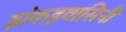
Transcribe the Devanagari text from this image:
झंकड़वासिनी